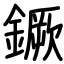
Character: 鐝